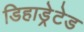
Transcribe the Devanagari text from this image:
डिहाड्रेटेड